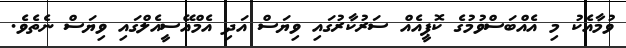
ވުމާއެކު މި އެއްބަސްވުމުގެ ކޮޕީއެއް ސަރުކާރުގައި ވިޔަސް އަދި އެމްއޭސީއެލްގައި ވިޔަސް ނެތެވެ.